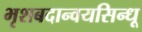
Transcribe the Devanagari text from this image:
भृशबदान्वयसिन्धू